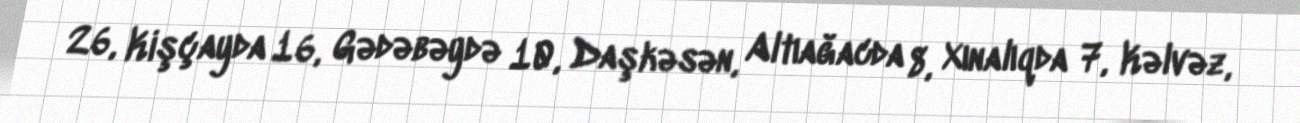
26, Kişçayda 16, Gədəbəydə 10, Daşkəsən, Altıağacda 8, Xınalıqda 7, Kəlvəz,